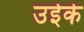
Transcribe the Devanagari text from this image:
उईके